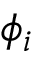
\phi _ { i }